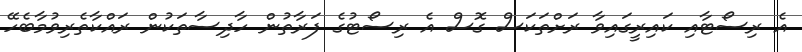
އެ ރިސޯޓާއި ކައިރީގައިވާ ރަށްތަކަސް ގޮސް އެ ރިސޯޓުގެ ފަރާތުން ހާދިސާތަކުން ރައްކާތެރިވުމާބެހޭ